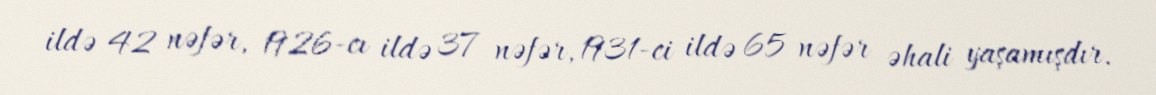
ildə 42 nəfər, 1926-cı ildə 37 nəfər, 1931-ci ildə 65 nəfər əhali yaşamışdır.